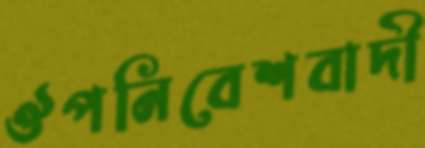
ঔপনিবেশবাদী